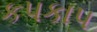
કપકાપ